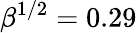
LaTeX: \beta^{1/2}=0.29